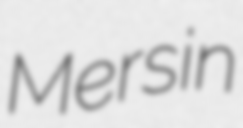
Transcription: Mersin